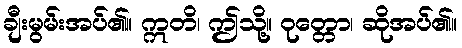
ချီးမွမ်းအပ်၏။ ဣတိ၊ ဤသို့။ ဝုတ္တော၊ ဆိုအပ်၏။